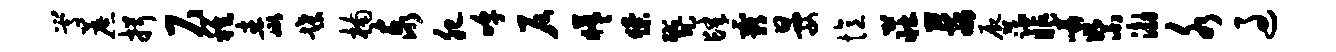
嵩蔗揖尺稚毒蹀楠泰肥嗥仄曦獠蹙肆霸晏忆庄莓尸蔬昨嶙絮渤水过